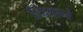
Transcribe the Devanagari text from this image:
दिशाने